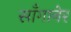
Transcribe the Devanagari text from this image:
साँगानेर